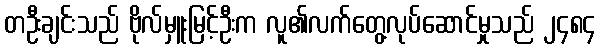
တဦးချင်းသည် ဗိုလ်မှူးမြင့်ဦးက လူ၏လက်တွေ့လုပ်ဆောင်မှုသည် ၂၄၈၄